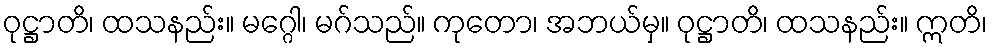
ဝုဋ္ဌာတိ၊ ထသနည်း။ မဂ္ဂေါ၊ မဂ်သည်။ ကုတော၊ အဘယ်မှ။ ဝုဋ္ဌာတိ၊ ထသနည်း။ ဣတိ၊